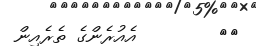
٥١        އެއުރެންގެ ތެރެއިން